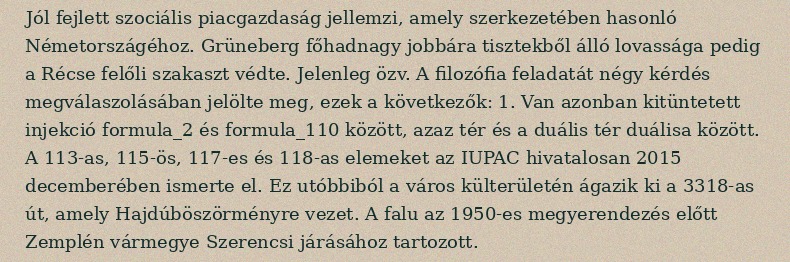
Jól fejlett szociális piacgazdaság jellemzi, amely szerkezetében hasonló Németországéhoz. Grüneberg főhadnagy jobbára tisztekből álló lovassága pedig a Récse felőli szakaszt védte. Jelenleg özv. A filozófia feladatát négy kérdés megválaszolásában jelölte meg, ezek a következők: 1. Van azonban kitüntetett injekció formula_2 és formula_110 között, azaz tér és a duális tér duálisa között. A 113-as, 115-ös, 117-es és 118-as elemeket az IUPAC hivatalosan 2015 decemberében ismerte el. Ez utóbbiból a város külterületén ágazik ki a 3318-as út, amely Hajdúböszörményre vezet. A falu az 1950-es megyerendezés előtt Zemplén vármegye Szerencsi járásához tartozott.